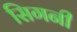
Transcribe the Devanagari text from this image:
सिगनी